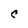
Character: C